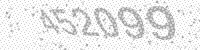
Solution: 452099